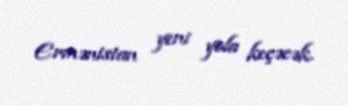
Ermənistan yeni yola keçəcək.